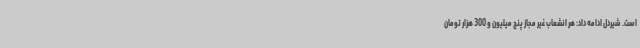
است. شیردل ادامه داد: هر انشعاب غیر مجاز پنج میلیون و 300 هزار تومان